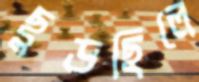
ছুড়ছিলে